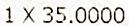
1 X 35.0000